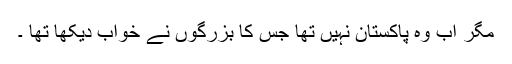
مگر اب وہ پاکستان نہیں تھا جس کا بزرگوں نے خواب دیکھا تھا ۔